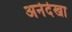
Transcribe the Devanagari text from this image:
अनेदेखा